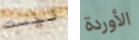
ليست الأوردة